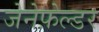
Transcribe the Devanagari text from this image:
जेनेफ़ेल्डर